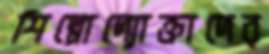
শিল্পোদ্যোক্তাদের